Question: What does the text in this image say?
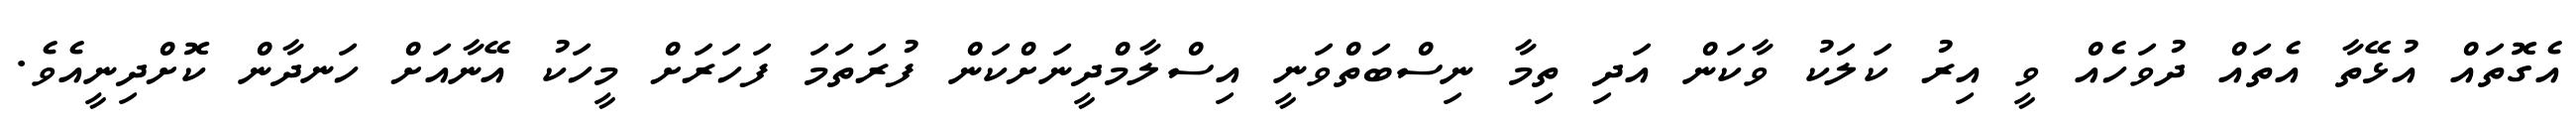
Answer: އެގޮތައް އުޅޭތާ އެތައް ދުވަހެއް ވީ އިރު ކަލަކު ވާކަން އަދި ތިމާ ނިސްބަތްވަނީ އިސްލާމްދީނަށްކަން ފުރަތަމަ ފަހަރަށް މީހަކު އޭނާއަށް ހަނދާން ކޮށްދިނީއެވެ.